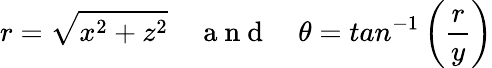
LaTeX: r=\sqrt{x^{2}+z^{2}}\quad\mathrm{~a~n~d~}\quad\theta=tan^{-1}\left(\frac{r}{y}\right)